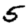
Digit: 5